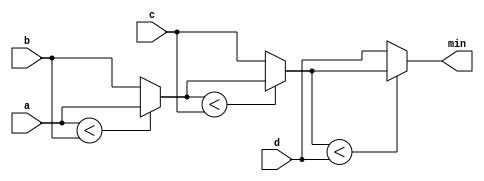
module top_module (
    input [7:0] a, b, c, d,
    output [7:0] min);
    
    wire [7:0] int1, int2;
    
    //condition ? if_true : if_false
    assign int1 = (a<b)? a:b; 
    assign int2 = (int1<c)? int1:c;
    assign min  = (int2<d)? int2:d;
endmodule